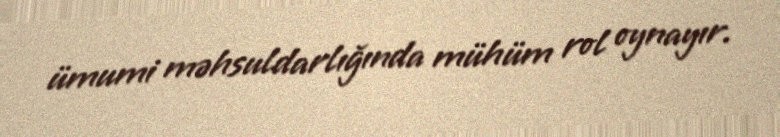
ümumi məhsuldarlığında mühüm rol oynayır.